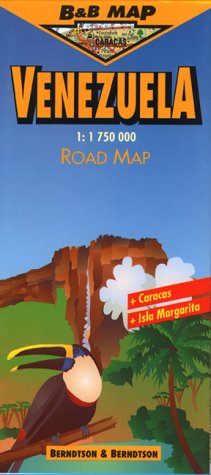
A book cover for Berndtson & Berndtson Venezuela Map; Berndtson; Travel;